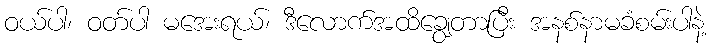
ဝယ်ပါ၊ ဝတ်ပါ မအေးရယ်၊ ဒီလောက်အထိချွေတာပြီး အနစ်နာမခံစမ်းပါနဲ့